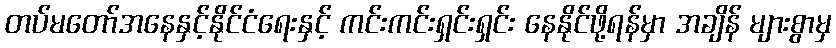
တပ်မတော်အနေနှင့်နိုင်ငံရေးနှင့် ကင်းကင်းရှင်းရှင်း နေနိုင်ဖို့ရန်မှာ အချိန် များစွာမှ